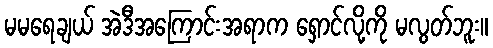
မမရေချယ် အဲဒီအကြောင်းအရာက ရှောင်လို့ကို မလွတ်ဘူး။